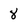
Character: 8